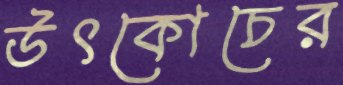
উৎকোচের